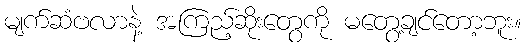
မျက်ဆံဗလာနဲ့ အကြည့်ဆိုးတွေကို မတွေ့ချင်တော့ဘူး။